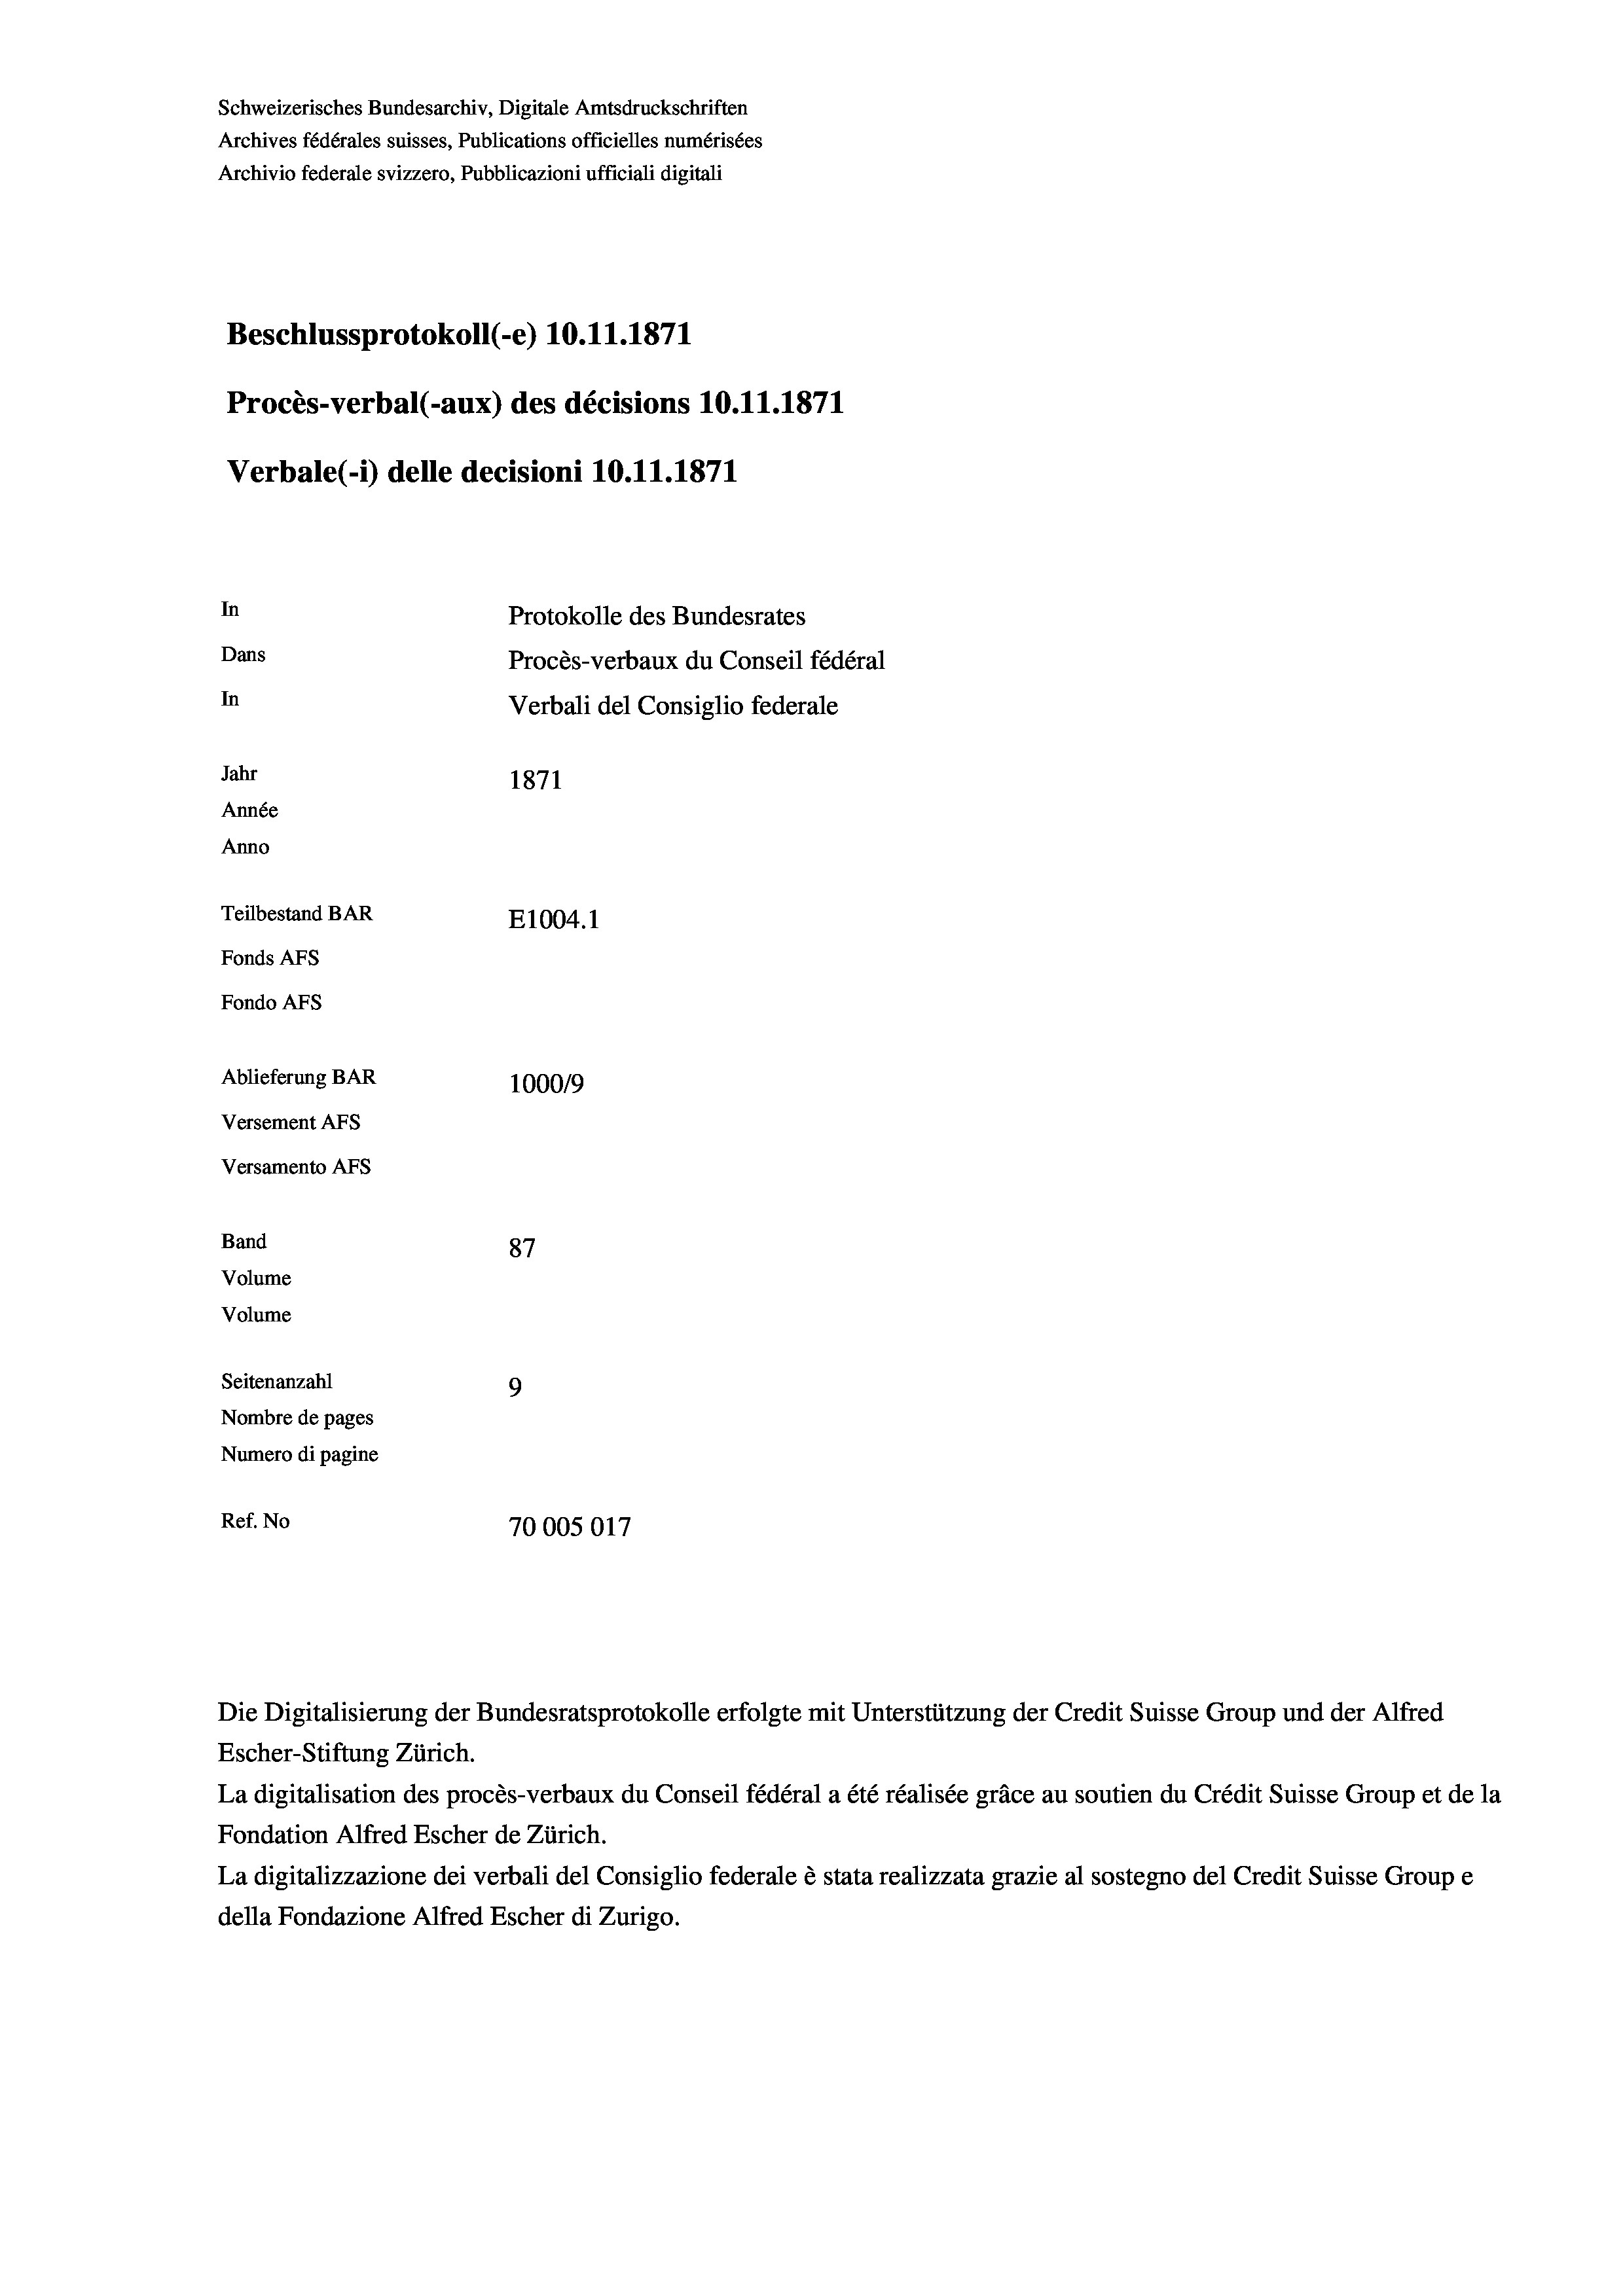
Schweizerisches Bundesarchiv, Digitale Amtsdruckschriften
Archives fédérales suisses, Publications officielles numérisées
Archivio federale svizzero, Pubblicazioni ufficiali digitali
Beschlussprotokoll (e) 10.11.1871
Procès-verbal (-aux) des décisions 10.11.1871
Verbale (- 1) delle decisioni 10.11.1871
In
Protokolle des Bundesrates
Dans
Procès-verbaux du Conseil fédéral
In
Verbali del Consiglio federale
Jahr
1871
Année
Anno
Teilbestand BAR
E1004. 1
Fonds AFs
Fondo AFs
Ablieferung BAR
100019
Versement AFS
Versamento Afs
Band
87

Seitenanzahl
9
Nombre de pages
Numero di pagine
Ref. No
70005017

Volume
Volume

Die Digitalisierung der Bundesratsprotokolle erfolgte mit Unterstützung der Credit Suisse Group und der Alfred
Escher-Stiftung Zürich.
La digitalisation des procès-verbaux du Conseil fédéral a été réalisée gräce au soutien du Crédit Suisse Group et de la
Fondation Alfred Escher de Zürich.
La digitalizzazione dei verbali del Consiglio federale è stata realizzata grazie al sostegno del Credit Suisse Groupe
della Fondazione Alfred Escher di Zurigo.